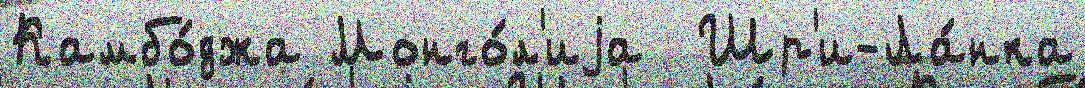
Камбо́джа Монго́л'иjа  Шр'и-Ла́нка